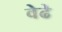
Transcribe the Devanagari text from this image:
वेढे